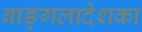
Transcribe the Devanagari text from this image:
बाङ्गलादेशका